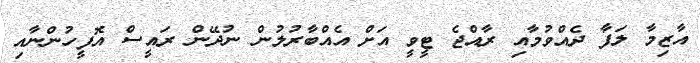
އާޒިމާ ލަފާ ދެއްވުމާއި ރާއްޖެ ޓީވީ އަށް އެއްބާރުލުން ނުދޭން ރައީސް އޮފީހުންނާއި